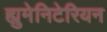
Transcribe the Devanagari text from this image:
ह्युमेनिटेरियन